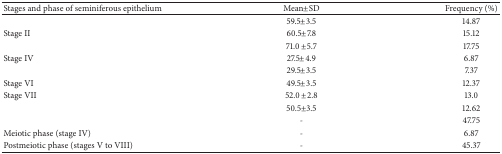
<table><thead><tr><td><b>Stages and phase of seminiferous epithelium</b></td><td><b>Mean±SD</b></td><td><b>Frequency (%)</b></td></tr></thead><tbody><tr><td>[EMPTY_CELL]</td><td>59.5±3.5</td><td>14.87</td></tr><tr><td>Stage II</td><td>60.5±7.8</td><td>15.12</td></tr><tr><td>[EMPTY_CELL]</td><td>71.0 ±5.7</td><td>17.75</td></tr><tr><td>Stage IV</td><td>27.5±4.9</td><td>6.87</td></tr><tr><td>[EMPTY_CELL]</td><td>29.5±3.5</td><td>7.37</td></tr><tr><td>Stage VI</td><td>49.5±3.5</td><td>12.37</td></tr><tr><td>Stage VII</td><td>52.0 ±2.8</td><td>13.0</td></tr><tr><td>[EMPTY_CELL]</td><td>50.5±3.5</td><td>12.62</td></tr><tr><td>[EMPTY_CELL]</td><td>-</td><td>47.75</td></tr><tr><td>Meiotic phase (stage IV)</td><td>-</td><td>6.87</td></tr><tr><td>Postmeiotic phase (stages V to VIII)</td><td>-</td><td>45.37</td></tr></tbody></table>